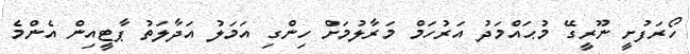
ހޯރަފުށީ ނޫރީގޭ މުޙައްމަދު އަރުހަމް މަރާލުމަށް ހިންގި އަމަލު އަދާލަތު ޕާޓީއިން އެންމެ